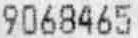
9068465